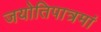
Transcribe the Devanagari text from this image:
जयोतिपात्रमां